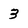
Character: 3